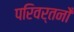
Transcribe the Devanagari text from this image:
परिवर्तनोँ